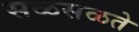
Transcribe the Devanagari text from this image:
सळसळते